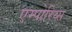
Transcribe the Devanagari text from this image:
एम्पोरिय्स